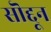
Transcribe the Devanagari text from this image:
सॊद्दून